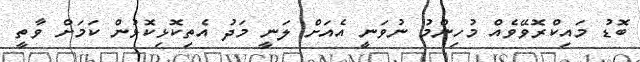
ބޮޑު މައިކްރޮވޭވެއް މުހިންމު ނުވަނީ އެއަށް ލަނީ މަދު އެތިކޮޅިކޮޅުން ކަމަށް ވާތީ